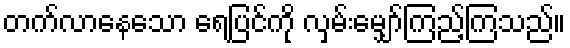
တက်လာနေသော ရေပြင်ကို လှမ်းမျှော်ကြည့်ကြသည်။